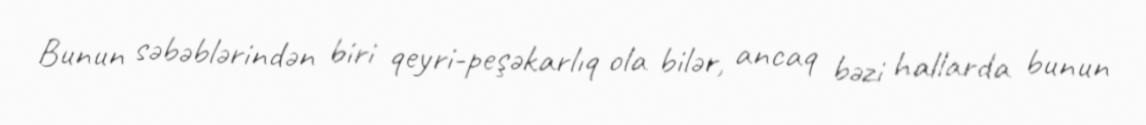
Bunun səbəblərindən biri qeyri-peşəkarlıq ola bilər, ancaq bəzi hallarda bunun